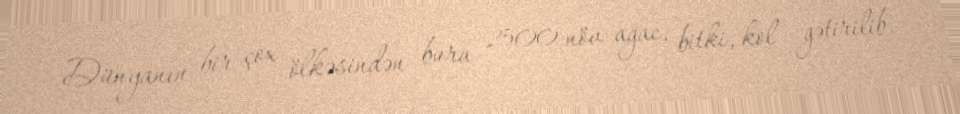
Dünyanın bir çox ölkəsindən bura 2500 növ ağac, bitki, kol gətirilib.